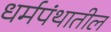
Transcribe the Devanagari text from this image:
धर्मपंथातील